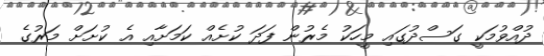
ދުއްވުމަކީ ގަސްދުގައި މީހަކު މެރުން ފަދަ ކުށެއް ކަމަށާއި އެ ކުށަަށް މަރުގެ